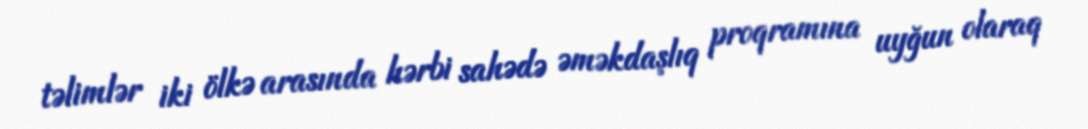
təlimlər iki ölkə arasında hərbi sahədə əməkdaşlıq proqramına uyğun olaraq